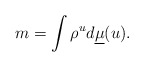
\begin{align*}m=\int\rho^u d\underline\mu(u).\end{align*}